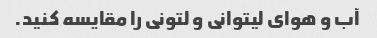
آب و هوای لیتوانی و لتونی را مقایسه کنید.